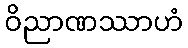
ဝိညာဏဿာဟံ